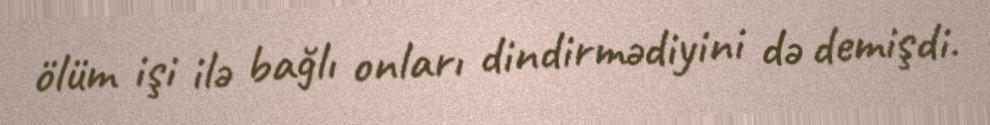
ölüm işi ilə bağlı onları dindirmədiyini də demişdi.